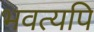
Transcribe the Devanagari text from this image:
भवत्यपि